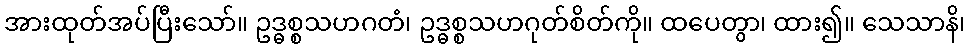
အားထုတ်အပ်ပြီးသော်။ ဥဒ္ဓစ္စသဟဂတံ၊ ဥဒ္ဓစ္စသဟဂုတ်စိတ်ကို။ ထပေတွာ၊ ထား၍။ သေသာနိ၊